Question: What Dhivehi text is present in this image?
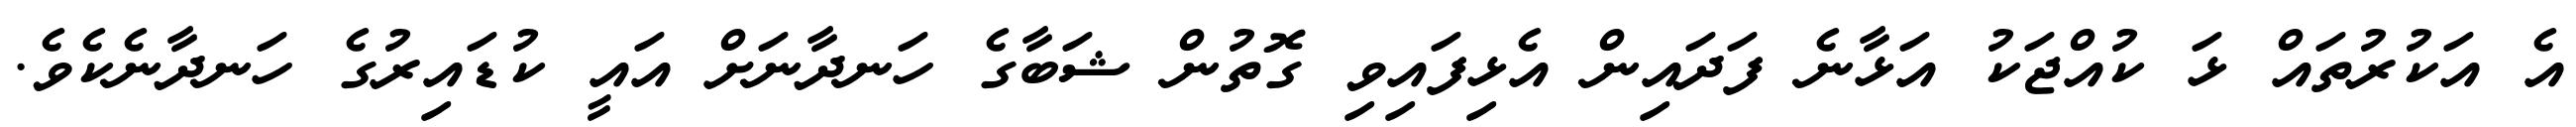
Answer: އެ އަކުރުތައް ޅަ ކުއްޖަކު އަޅާނެ ފަދައިން އެޅިފައިވި ގޮތުން ޝަބާގެ ހަނދާނަށް އައީ ކުޑައިރުގެ ހަނދާނެކެވެ.